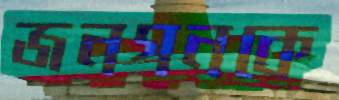
জনগনকে